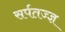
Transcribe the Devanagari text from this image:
सर्पतज्ज्ञ